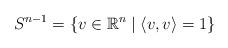
LaTeX: \begin{align*} S^{n-1} = \{v\in {\mathbb R}^n \mid \langle v,v\rangle = 1\}\end{align*}